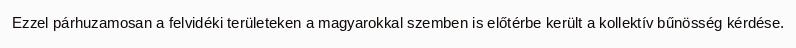
Ezzel párhuzamosan a felvidéki területeken a magyarokkal szemben is előtérbe került a kollektív bűnösség kérdése.